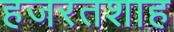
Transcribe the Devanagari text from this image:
हजरतशाह